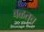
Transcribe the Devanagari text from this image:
वळतच